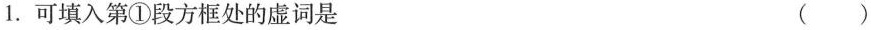
1.可填入第①段方框处的虚词是 ( )